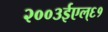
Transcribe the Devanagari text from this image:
२००३ईएल्‌६१